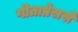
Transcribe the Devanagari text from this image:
गीताप्रेससे